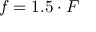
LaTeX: f = 1 . 5 \cdot F